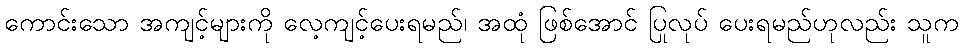
ကောင်းသော အကျင့်များကို လေ့ကျင့်ပေးရမည်၊ အထုံ ဖြစ်အောင် ပြုလုပ် ပေးရမည်ဟုလည်း သူက